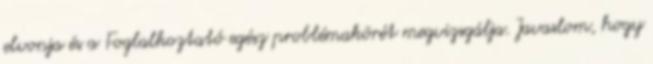
elvonja és a Foglalkoztató egész problémakörét megvizsgálja. Javaslom, hogy